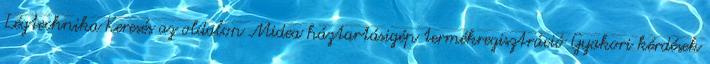
Légtechnika Keresés az oldalon Midea háztartásigép termékregisztráció Gyakori kérdések